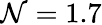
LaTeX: \mathcal{N}=1.7